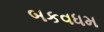
બકવધમ